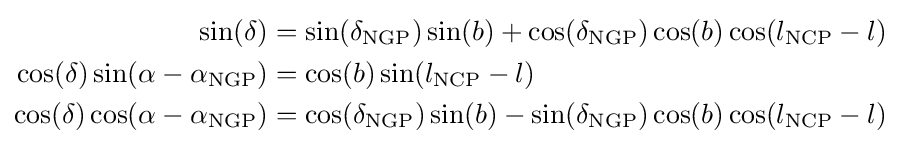
{\begin{aligned}\sin(\delta )&=\sin(\delta _{\text{NGP}})\sin(b)+\cos(\delta _{\text{NGP}})\cos(b)\cos(l_{\text{NCP}}-l)\\\cos(\delta )\sin(\alpha -\alpha _{\text{NGP}})&=\cos(b)\sin(l_{\text{NCP}}-l)\\\cos(\delta )\cos(\alpha -\alpha _{\text{NGP}})&=\cos(\delta _{\text{NGP}})\sin(b)-\sin(\delta _{\text{NGP}})\cos(b)\cos(l_{\text{NCP}}-l)\end{aligned}}